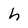
Character: h